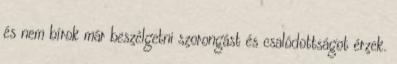
és nem bírok már beszélgetni szorongást és csalódottságot érzek.